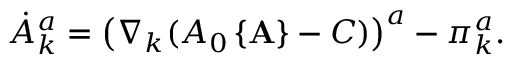
\dot { A } _ { k } ^ { a } = \left( \nabla _ { k } ( A _ { 0 } \left\{ { \bf A } \right\} - C ) \right) ^ { a } - \pi _ { k } ^ { a } .